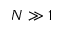
N \gg 1